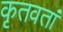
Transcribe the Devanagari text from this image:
कृतवतां